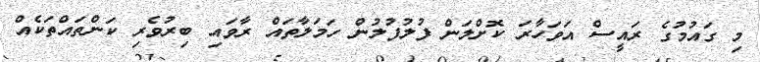
މި ގައުމުގެ ރައީސް އަވަހާރަ ކޮށްލަން ފުލުފުލުން ހަމަލާތައް ރާވައި ބިރުވެރި ކަންތައްތަކެއް